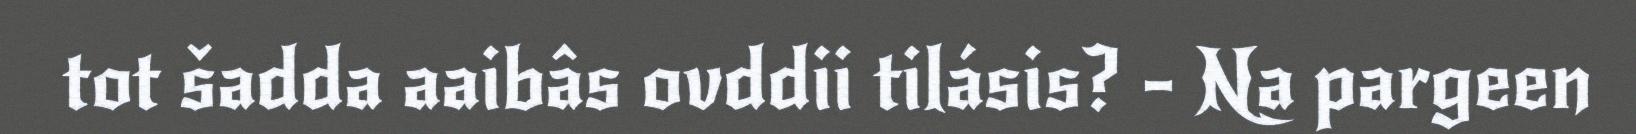
tot šadda aaibâs ovddii tilásis? - Na pargeen